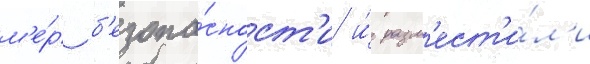
м'е́р б'езопа́сност'и и́ разм'ест'и́л'и